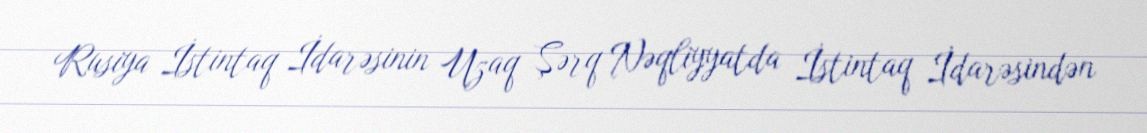
Rusiya İstintaq İdarəsinin Uzaq Şərq Nəqliyyatda İstintaq İdarəsindən